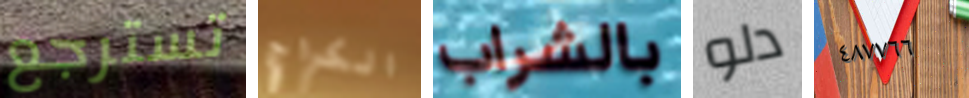
تسترجع الكراج بالشراب دلو ٤٨٧٧٦٦